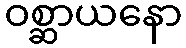
ဝစ္ဆာယနော